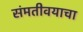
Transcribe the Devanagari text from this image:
संमतीवयाचा